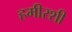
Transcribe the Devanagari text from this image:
हमीरशी